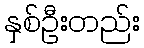
နှစ်ဦးတည်း